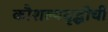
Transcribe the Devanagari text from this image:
कौशल्यवृद्धीची